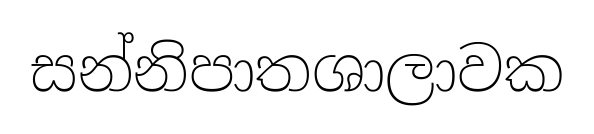
සන්නිපාතශාලාවක